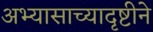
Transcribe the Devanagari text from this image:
अभ्यासाच्यादृष्टीने